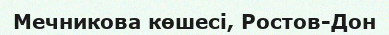
Мечникова көшесі, Ростов-Дон